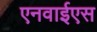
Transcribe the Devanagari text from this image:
एनवाईएस